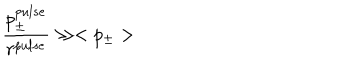
LaTeX: \frac { p _ { \pm } ^ { p u l s e } } { r ^ { p u l s e } } \gg < p _ { \pm } >